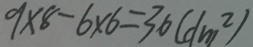
9 \times 8 - 6 \times 6 = 3 6 ( d m ^ { 2 } )